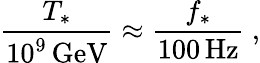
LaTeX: {\frac{T_{*}}{10^{9}\, \mathrm{GeV}}}\approx{\frac{f_{*}}{100\, \mathrm{Hz}}}\ ,